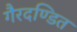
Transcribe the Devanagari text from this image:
गैरदण्डित